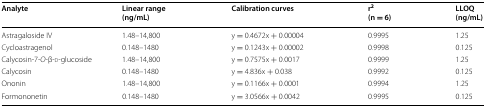
<table><thead><tr><td><b>Analyte</b></td><td><b>Linear range(ng/mL)</b></td><td><b>Calibration curves</b></td><td><b>r<sup>2</sup>(n = 6)</b></td><td><b>LLOQ(ng/mL)</b></td></tr></thead><tbody><tr><td>Astragaloside IV</td><td>1.48–14,800</td><td>y = 0.4672x + 0.00004</td><td>0.9995</td><td>1.25</td></tr><tr><td>Cycloastragenol</td><td>0.148–1480</td><td>y = 0.1243x + 0.00002</td><td>0.9998</td><td>0.125</td></tr><tr><td>Calycosin-7-<i>O</i>-β-d-glucoside</td><td>1.48–14,800</td><td>y = 0.7575x + 0.0017</td><td>0.9999</td><td>1.25</td></tr><tr><td>Calycosin</td><td>0.148–1480</td><td>y = 4.836x + 0.038</td><td>0.9992</td><td>0.125</td></tr><tr><td>Ononin</td><td>1.48–14,800</td><td>y = 0.1166x + 0.0001</td><td>0.9994</td><td>1.25</td></tr><tr><td>Formononetin</td><td>0.148–1480</td><td>y = 3.0566x + 0.0042</td><td>0.9995</td><td>0.125</td></tr></tbody></table>